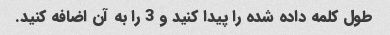
طول کلمه داده شده را پیدا کنید و 3 را به آن اضافه کنید.